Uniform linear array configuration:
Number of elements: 48
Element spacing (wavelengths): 0.75
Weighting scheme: cosine
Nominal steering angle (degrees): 60
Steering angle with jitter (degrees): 61.431
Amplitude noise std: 0.05
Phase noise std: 0.05

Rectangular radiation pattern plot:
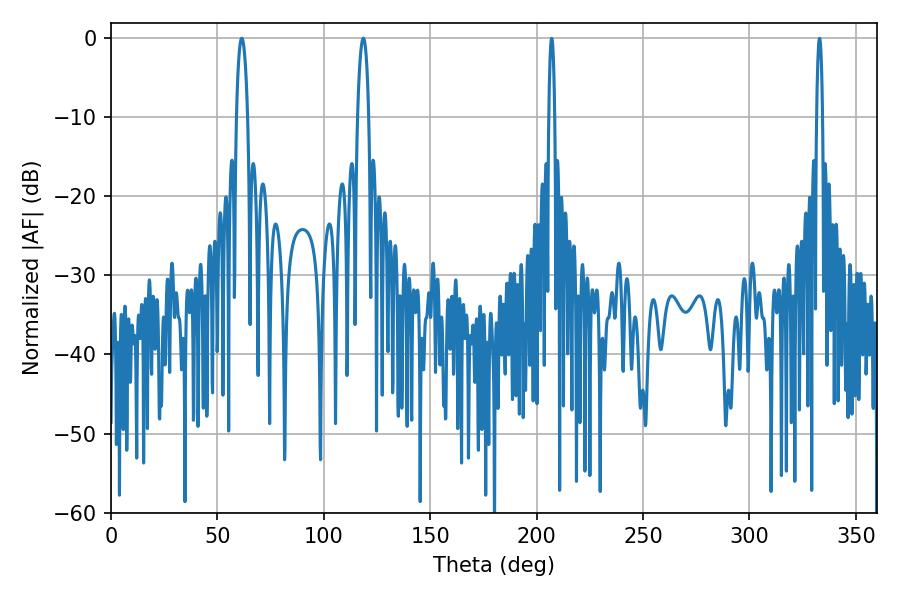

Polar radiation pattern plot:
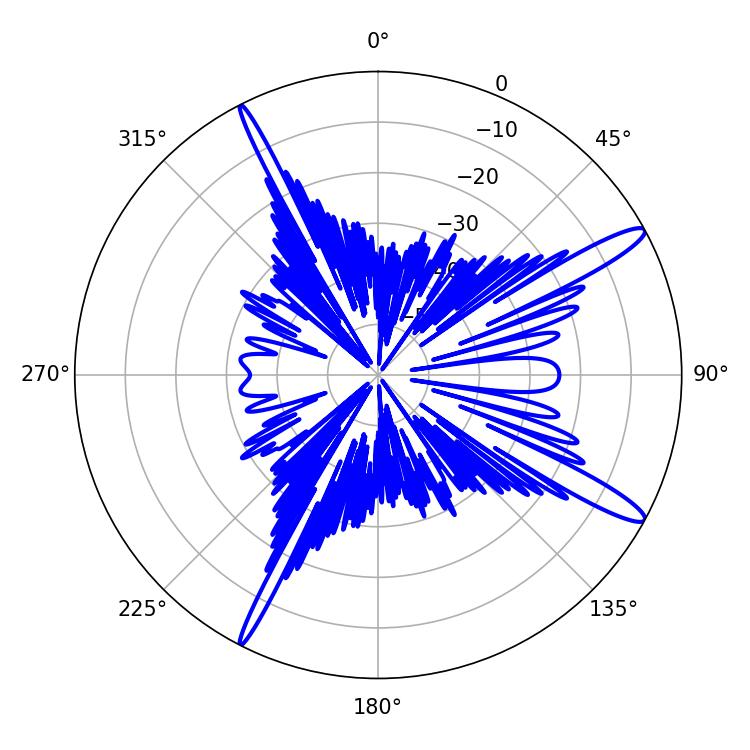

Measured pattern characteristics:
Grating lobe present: TRUE
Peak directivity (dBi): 14.272
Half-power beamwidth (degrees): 3.06
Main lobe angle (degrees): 61.38